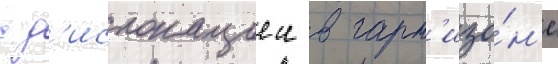
с д'ислокациеи в гарн'изо́н'е